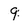
Character: 9